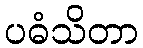
ပဓံသိတာ